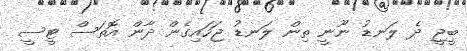
ބީޖީ ދެ ލަނޑު ނޫނީ ތިން ލަނޑު ޖަހައިގެން ދާން އޮތަސް ޓީސީ